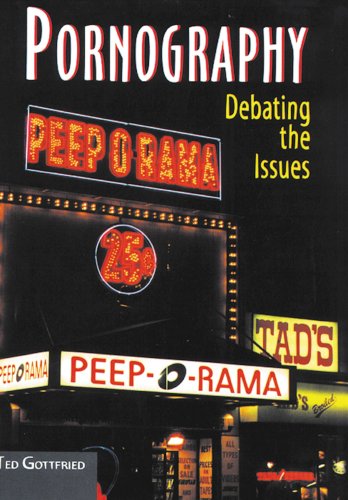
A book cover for Pornography: Debating the Issues (Issues in Focus); Ted Gottfried; Teen & Young Adult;